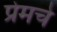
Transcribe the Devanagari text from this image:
प्रेमचे